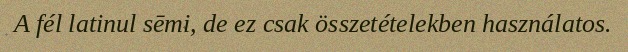
A fél latinul sēmi, de ez csak összetételekben használatos.